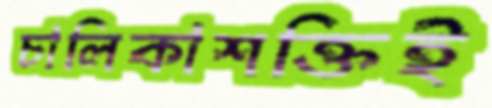
চালিকাশক্তিই